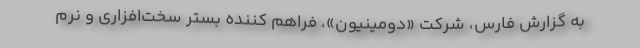
به گزارش فارس، شرکت «دومینیون»، فراهم کننده بستر سخت‌افزاری و نرم